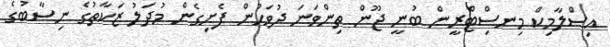
އިސްލާމިކް މިނސިްޓްރީން ބުނީ ޖޫން ތިންވަނަ ދުވަހުން ފެށިގެން މުދަލު ޒަކާތުގެ ނިޞާބުގެ